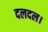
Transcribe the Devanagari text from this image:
दलदल।